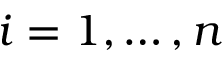
i = 1 , \dots , n